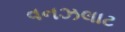
વનઝલાટ